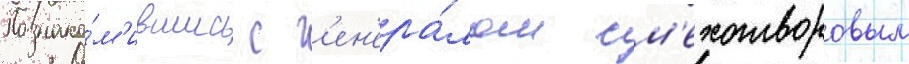
Познако́м'ившись с г'ен'ера́лом см'ехотворовым